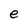
Character: e